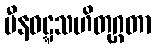
ပီနဝဋ္ဋသဟိတုဂ္ဂတာ